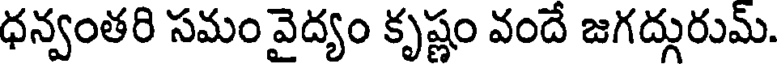
ధన్వంతరి సమం వైద్యం కృష్ణం వందే జగద్గురుమ్.